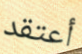
أعتقد